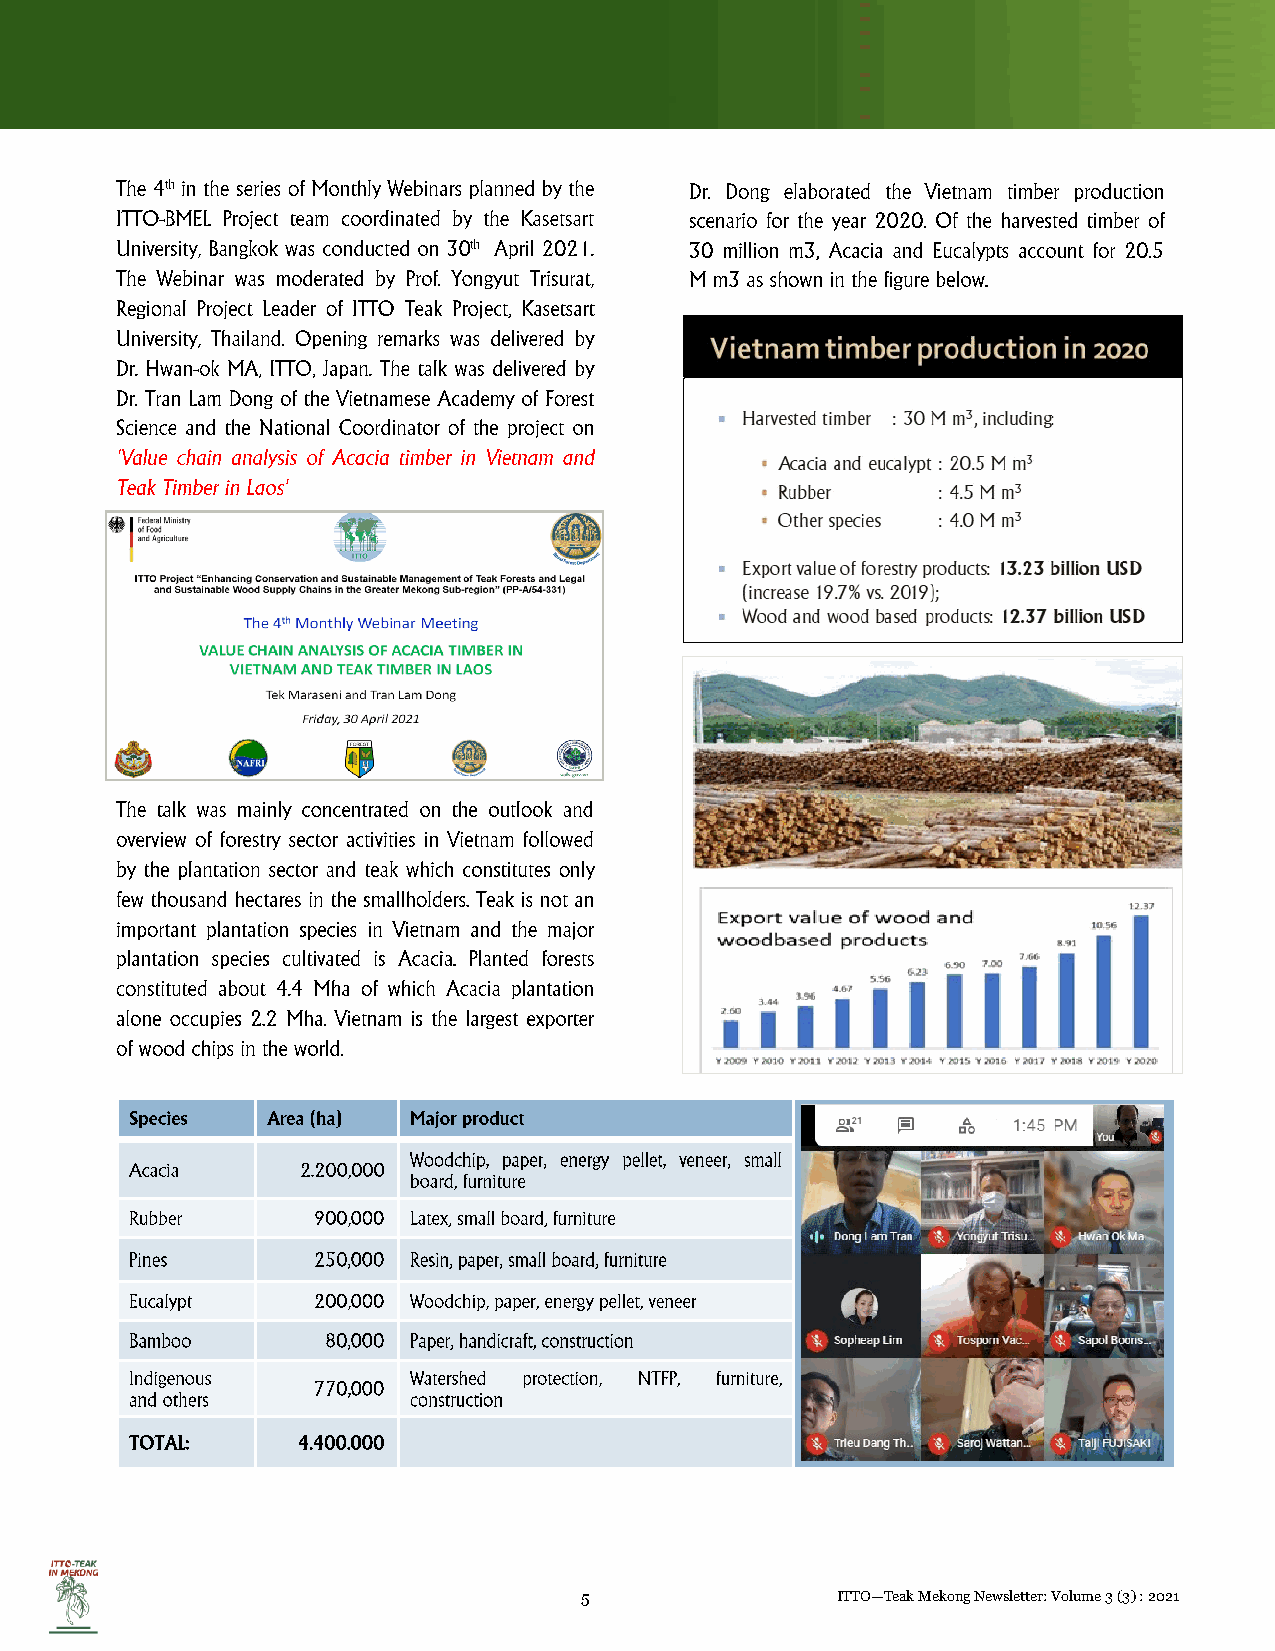
5                ITTO—Teak Mekong Newsletter: Volume 3 (3) : 2021